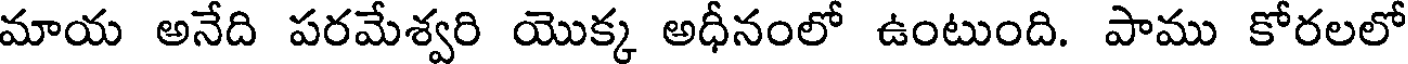
మాయ అనేది పరమేశ్వరి యొక్క అధీనంలో ఉంటుంది. పాము కోరలలో